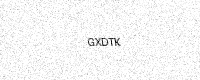
Text: GXDTK